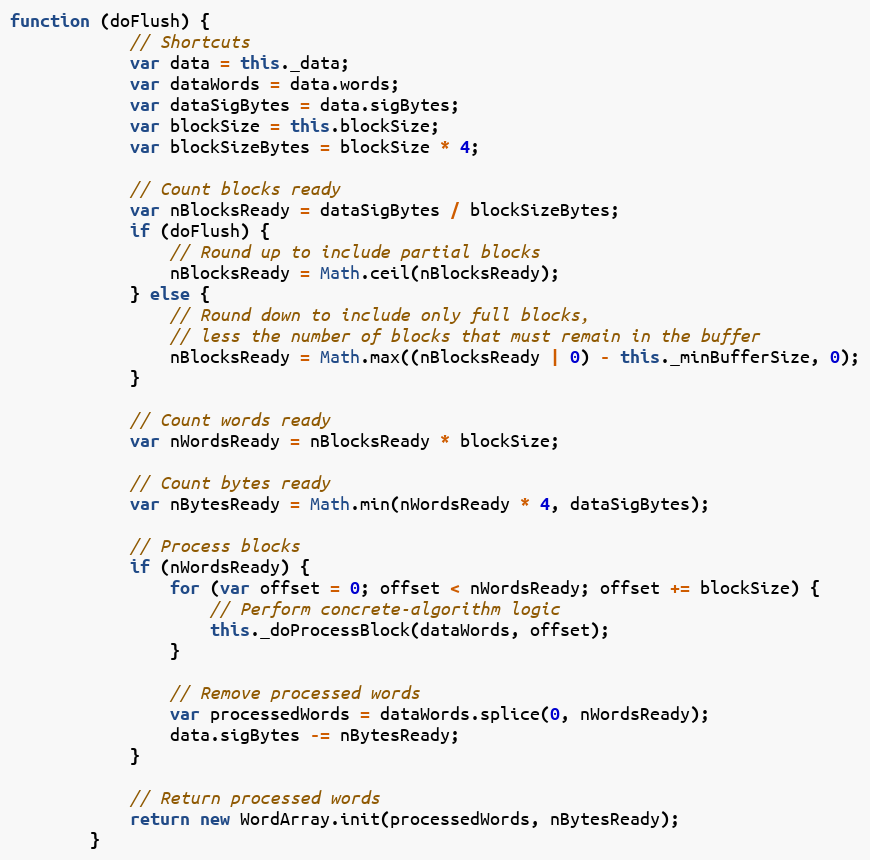
Language: JavaScript
function (doFlush) {
            // Shortcuts
            var data = this._data;
            var dataWords = data.words;
            var dataSigBytes = data.sigBytes;
            var blockSize = this.blockSize;
            var blockSizeBytes = blockSize * 4;

            // Count blocks ready
            var nBlocksReady = dataSigBytes / blockSizeBytes;
            if (doFlush) {
                // Round up to include partial blocks
                nBlocksReady = Math.ceil(nBlocksReady);
            } else {
                // Round down to include only full blocks,
                // less the number of blocks that must remain in the buffer
                nBlocksReady = Math.max((nBlocksReady | 0) - this._minBufferSize, 0);
            }

            // Count words ready
            var nWordsReady = nBlocksReady * blockSize;

            // Count bytes ready
            var nBytesReady = Math.min(nWordsReady * 4, dataSigBytes);

            // Process blocks
            if (nWordsReady) {
                for (var offset = 0; offset < nWordsReady; offset += blockSize) {
                    // Perform concrete-algorithm logic
                    this._doProcessBlock(dataWords, offset);
                }

                // Remove processed words
                var processedWords = dataWords.splice(0, nWordsReady);
                data.sigBytes -= nBytesReady;
            }

            // Return processed words
            return new WordArray.init(processedWords, nBytesReady);
        }